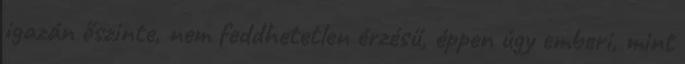
igazán őszinte, nem feddhetetlen érzésű, éppen úgy emberi, mint